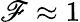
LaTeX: \mathscr{F}\approx1